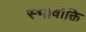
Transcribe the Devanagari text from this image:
स्भावोक्ति